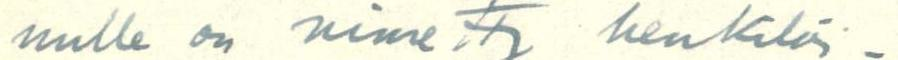
nulle on nimetty henkilöi-